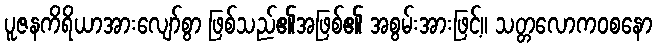
ပူဇနကိရိယာအားလျော်စွာ ဖြစ်သည်၏အဖြစ်၏ အစွမ်းအားဖြင့်။ သတ္တလောကဝစနော